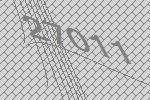
27011